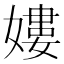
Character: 㜢